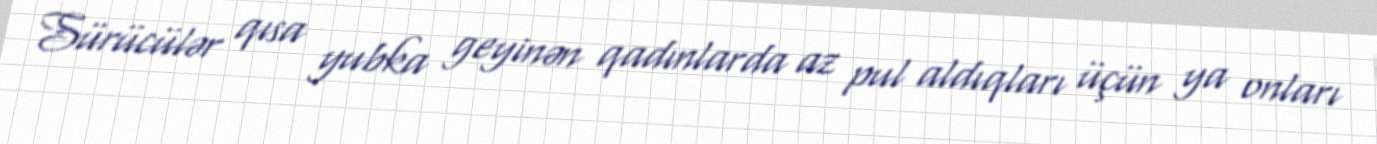
Sürücülər qısa yubka geyinən qadınlarda az pul aldıqları üçün ya onları